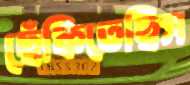
ছেঁকিতেছিস